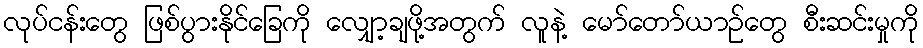
လုပ်ငန်းတွေ ဖြစ်ပွားနိုင်ခြေကို လျှော့ချဖို့အတွက် လူနဲ့ မော်တော်ယာဉ်တွေ စီးဆင်းမှုကို